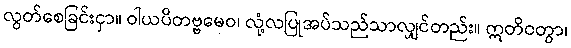
လွတ်စေခြင်းငှာ။ ဝါယပိတဗ္ဗမေဝ၊ လုံ့လပြုအပ်သည်သာလျှင်တည်း။ ဣတိဝတွာ၊